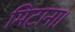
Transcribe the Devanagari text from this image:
मिटाना।